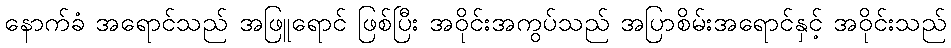
နောက်ခံ အရောင်သည် အဖြူရောင် ဖြစ်ပြီး အဝိုင်းအကွပ်သည် အပြာစိမ်းအရောင်နှင့် အဝိုင်းသည်